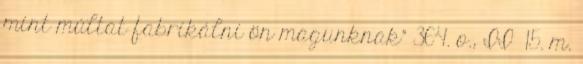
mint múltat fabrikálni ön magunknak" 364. o., II 15. m.